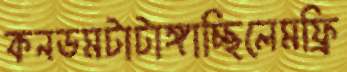
কনডমটাটাঙ্গাচ্ছিলেমফ্রি